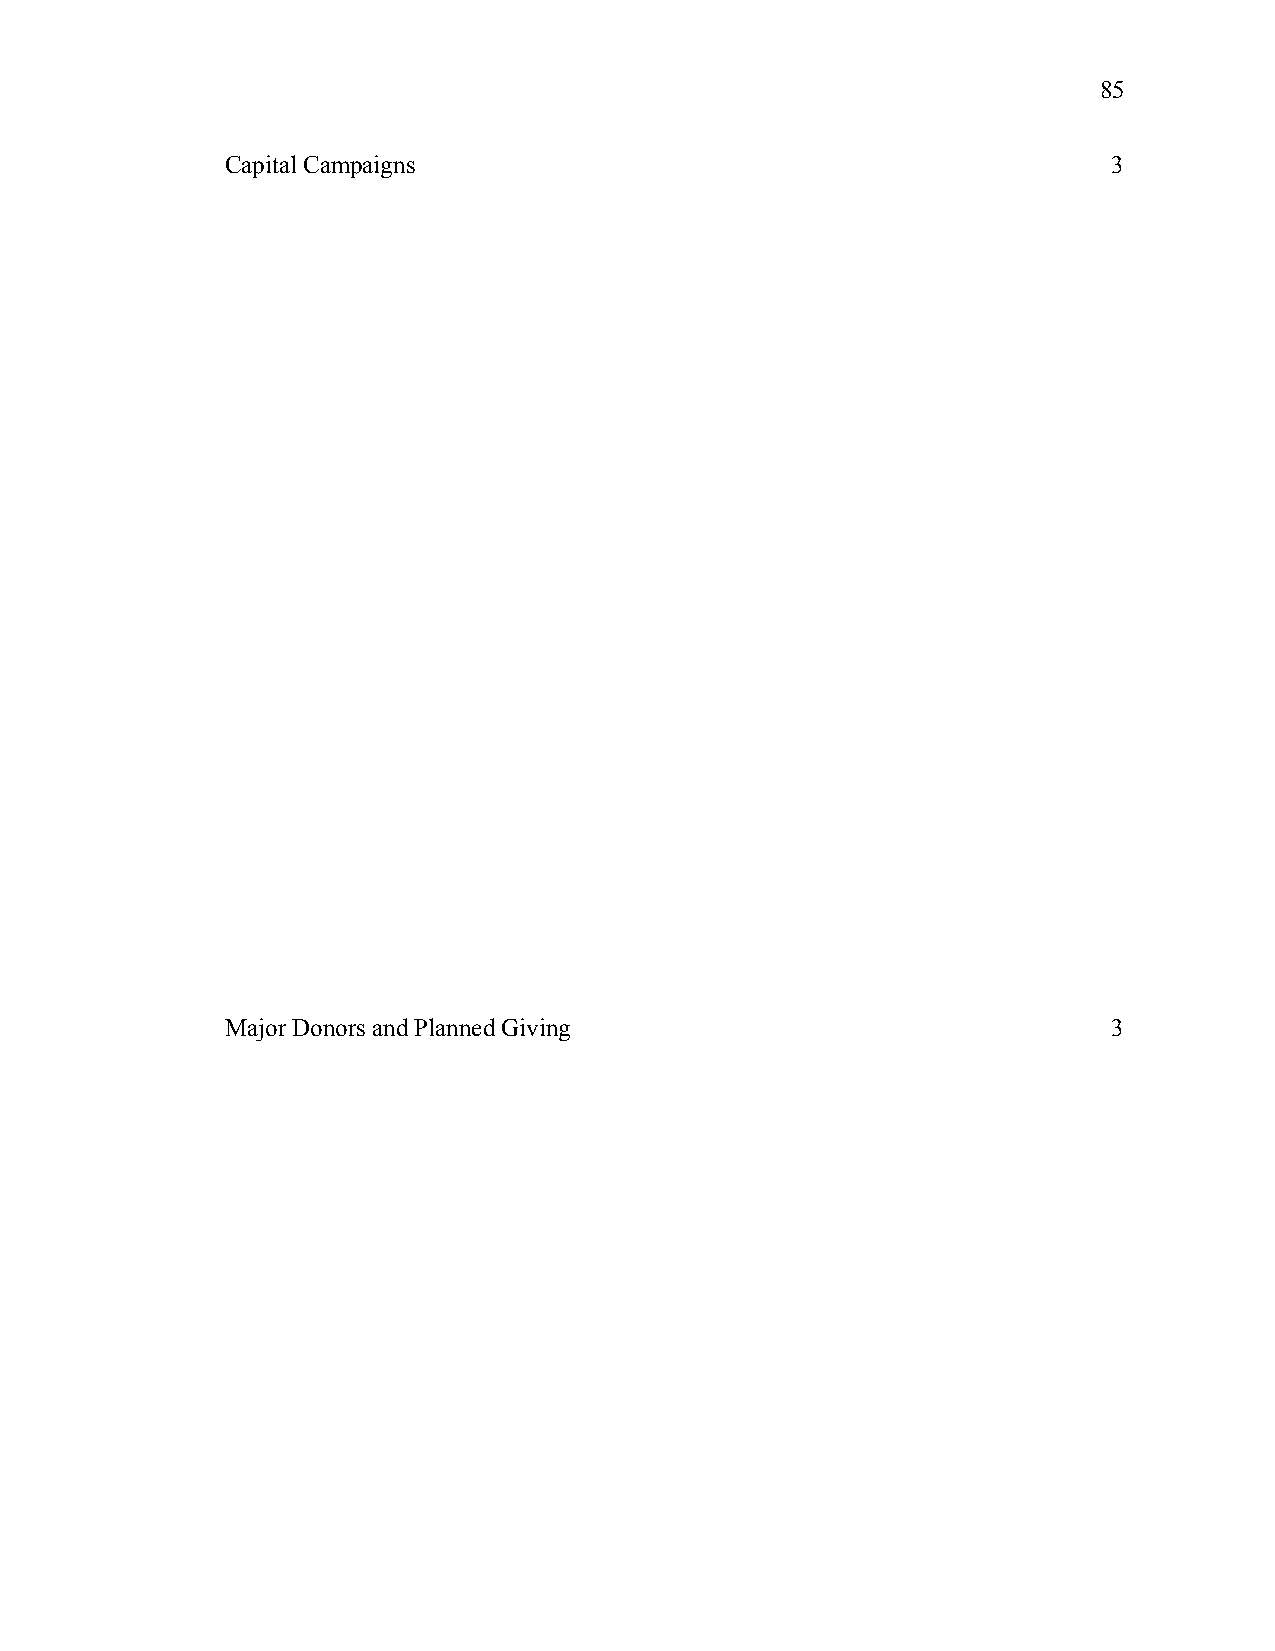
85
 Capital Campaigns                                          3
 Major Donors and Planned Giving                            3